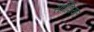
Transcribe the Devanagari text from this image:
सर्वेशियल